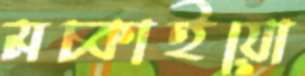
মচ্‌কাইয়ো